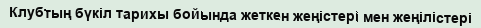
Клубтың бүкіл тарихы бойында жеткен жеңістері мен жеңілістері